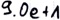
Text: 9.0e+1